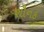
શૌનક